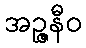
အဉ္ဇနီဝ